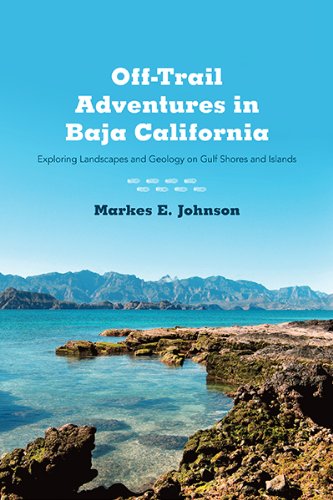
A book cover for Off-Trail Adventures in Baja California: Exploring Landscapes and Geology on Gulf Shores and Islands; Markes E. Johnson; Travel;